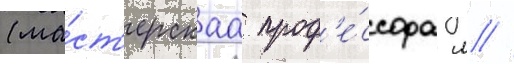
(ма́ст'ерскаа проф'е́ссора л //